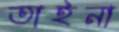
তাইনা